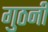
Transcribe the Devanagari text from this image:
गुठनी